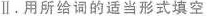
Ⅱ.用所给词的适当形式填空